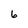
Character: 6